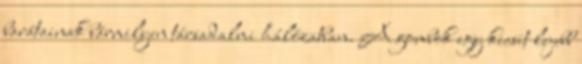
barátainak bármilyen társadalmi hálózatban. A gombok egy kicsit lejebb